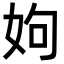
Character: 姁